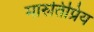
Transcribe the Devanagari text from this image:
मारुतिप्रिय